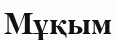
Мұқым